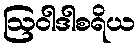
ဩဝါဒါစရိယ